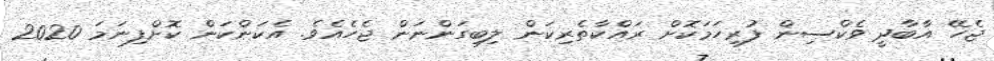
ޖެހޭ އާބާދީ ވެކްސިން ފުރިހަމަކޮށް ރައްކާތެރިކަން ލިބިގަންނަން ޖެހެއެވެ. އެކަންކަން ކޮށްފިނަމަ 2020